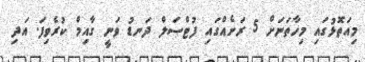
މިއަތޮޅުގައި މިހާތަނަށް 5 ރަށެއްގައި ފުޓްސަލް ދަނޑު ވަނީ ގާއިމް ކުރެވިފަ. އަދި